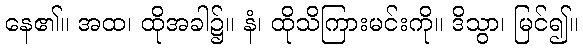
နေ၏။ အထ၊ ထိုအခါ၌။ နံ၊ ထိုသိကြားမင်းကို။ ဒိသွာ၊ မြင်၍။